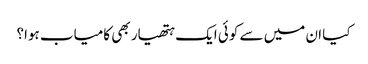
کیا ان میں سے کوئی ایک ہتھیار بھی کامیاب ہوا؟